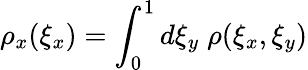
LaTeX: \rho_{x}(\xi_{x})=\int_{0}^{1}d\xi_{y}\; \rho(\xi_{x},\xi_{y})